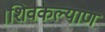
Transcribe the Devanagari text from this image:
।शिवकल्याण